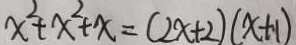
x ^ { 2 } + x ^ { 2 } + x = ( 2 x + 2 ) ( x + 1 )